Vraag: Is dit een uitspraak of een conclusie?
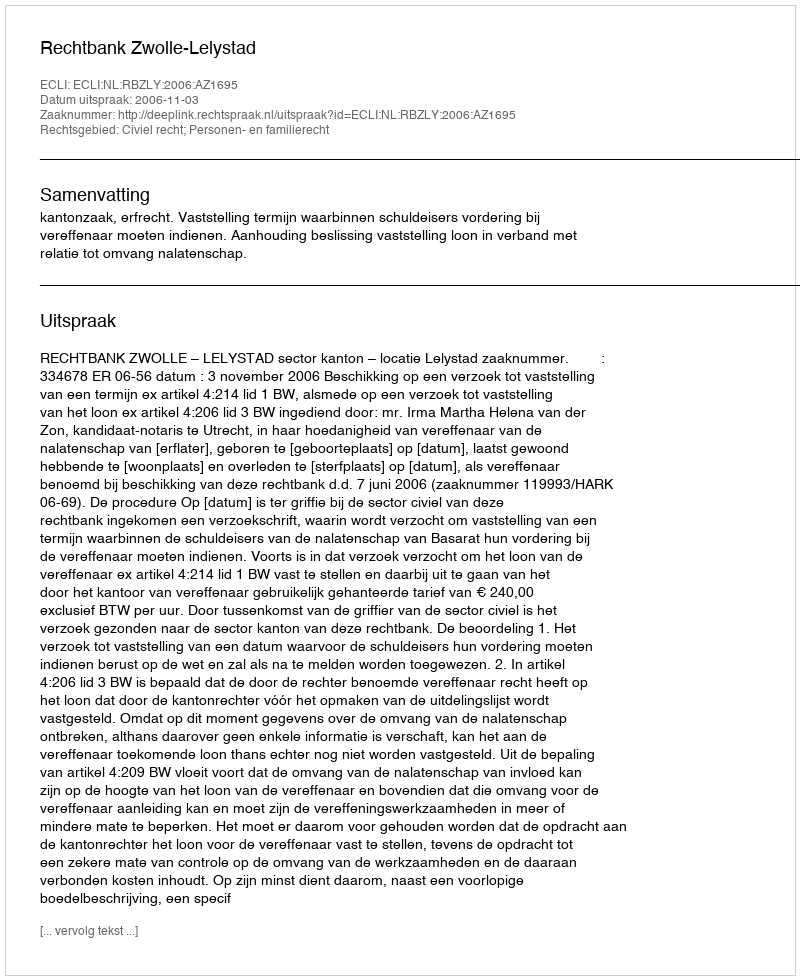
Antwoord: Uitspraak